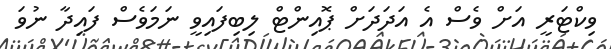
ވިކްޓަރީ އަށް ވެސް އެ އަދަދަށް ޕޮއިންޓް ލިބިފައިވީ ނަމަވެސް ފައިދާ ނުވަ